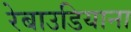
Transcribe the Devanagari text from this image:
रेबाउडियाना